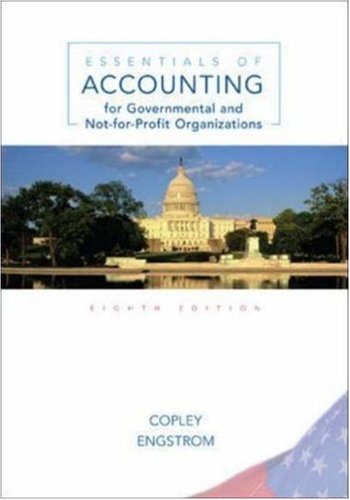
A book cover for Essentials of Accounting for Governmental and Not-for-Profit Organizations, 8th Edition; Paul Copley; Business & Money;